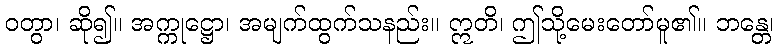
ဝတွာ၊ ဆို၍။ အက္ကုဋ္ဌော၊ အမျက်ထွက်သနည်း။ ဣတိ၊ ဤသို့မေးတော်မူ၏။ ဘန္တေ၊